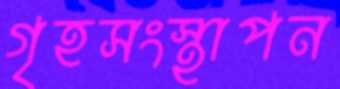
গৃহসংস্থাপন